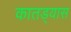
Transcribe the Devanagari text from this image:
कातड्यास